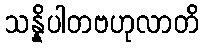
သန္နိပါတဗဟုလာတိ